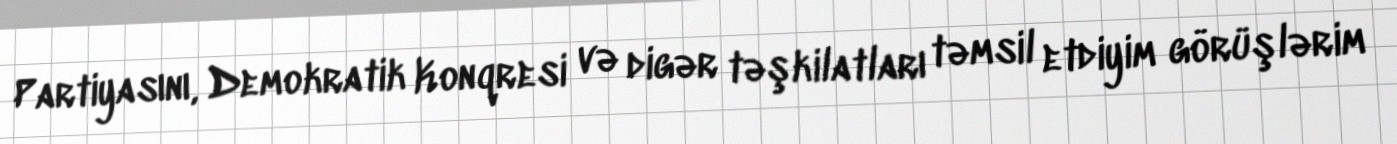
Partiyasını, Demokratik Konqresi və digər təşkilatları təmsil etdiyim görüşlərim